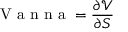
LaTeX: { \textrm { V a n n a } } = { \frac { \partial { \mathcal { V } } } { \partial S } }